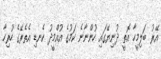
އޭރު ބަލިމީހާ އޮތީ ދުނިޔޭގައި ހުންނާނެ ކަމުގެ އުއްމީދު ކެނޑި އެތެރޭގެ ހުރިހާ